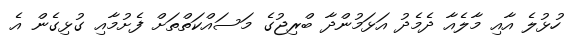
ހުޅުލެ އާއި މާލެއާ ދެމެދު އަޅަމުންދާ ބްރިޖުގެ މަސައްކަތްތަށް ފެށުމާއި ގުޅިގެން އެ